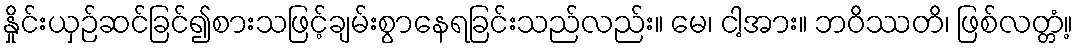
နှိုင်းယှဉ်ဆင်ခြင်၍စားသဖြင့်ချမ်းစွာနေရခြင်းသည်လည်း။ မေ၊ ငါ့အား။ ဘဝိဿတိ၊ ဖြစ်လတ္တံ့။